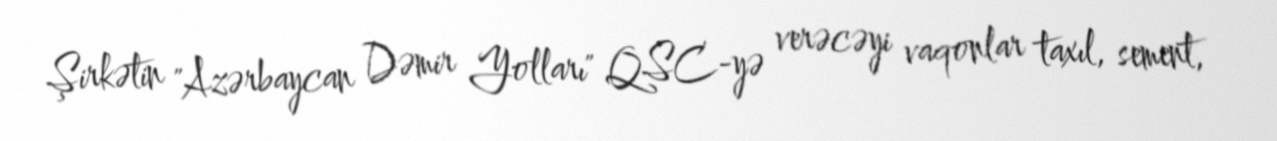
Şirkətin "Azərbaycan Dəmir Yolları" QSC-yə verəcəyi vaqonlar taxıl, sement,